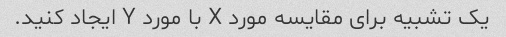
یک تشبیه برای مقایسه مورد X با مورد Y ایجاد کنید.